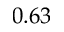
0 . 6 3